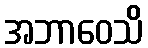
အဘာဝေသိ